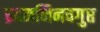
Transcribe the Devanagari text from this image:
इदमभिनवगुप्त